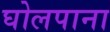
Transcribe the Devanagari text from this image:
घोलपाना